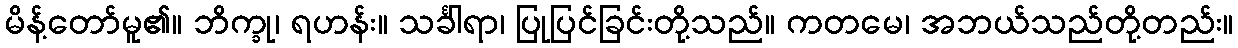
မိန့်တော်မူ၏။ ဘိက္ခု၊ ရဟန်း။ သင်္ခါရာ၊ ပြုပြင်ခြင်းတို့သည်။ ကတမေ၊ အဘယ်သည်တို့တည်း။